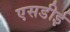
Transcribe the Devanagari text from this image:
एसडीई